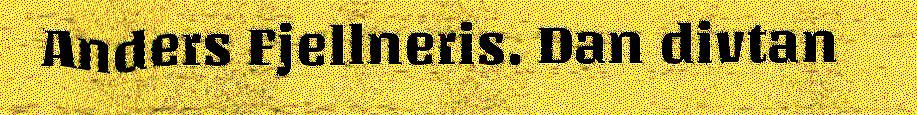
Anders Fjellneris. Dan divtan